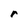
Character: r